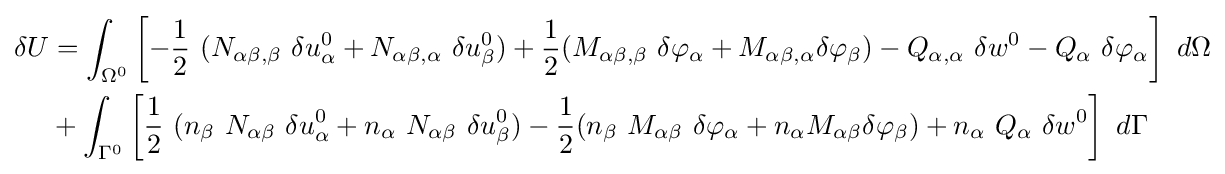
{\begin{aligned}\delta U&=\int _{\Omega ^{0}}\left[-{\frac {1}{2}}~(N_{\alpha \beta ,\beta }~\delta u_{\alpha }^{0}+N_{\alpha \beta ,\alpha }~\delta u_{\beta }^{0})+{\frac {1}{2}}(M_{\alpha \beta ,\beta }~\delta \varphi _{\alpha }+M_{\alpha \beta ,\alpha }\delta \varphi _{\beta })-Q_{\alpha ,\alpha }~\delta w^{0}-Q_{\alpha }~\delta \varphi _{\alpha }\right]~d\Omega \\&+\int _{\Gamma ^{0}}\left[{\frac {1}{2}}~(n_{\beta }~N_{\alpha \beta }~\delta u_{\alpha }^{0}+n_{\alpha }~N_{\alpha \beta }~\delta u_{\beta }^{0})-{\frac {1}{2}}(n_{\beta }~M_{\alpha \beta }~\delta \varphi _{\alpha }+n_{\alpha }M_{\alpha \beta }\delta \varphi _{\beta })+n_{\alpha }~Q_{\alpha }~\delta w^{0}\right]~d\Gamma \end{aligned}}